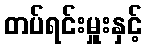
တပ်ရင်းမှူးနှင့်